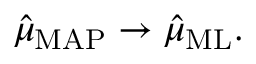
{ \hat { \mu } } _ { \mathrm { M A P } } \to { \hat { \mu } } _ { \mathrm { M L } } .